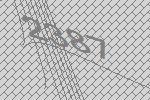
2387